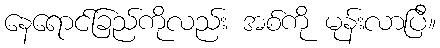
နေရောင်ခြည်ကိုလည်း အစ်ကို မုန်းလာပြီ။